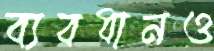
ব্যবধানও